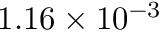
1 . 1 6 \times 1 0 ^ { - 3 }